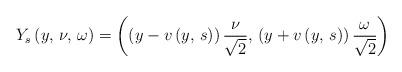
LaTeX: \begin{align*}Y_{s}\left(y,\,\nu,\,\omega\right)=\left(\left(y-v\left(y,\,s\right)\right)\frac{\nu}{\sqrt{2}},\,\left(y+v\left(y,\,s\right)\right)\frac{\omega}{\sqrt{2}}\right)\end{align*}